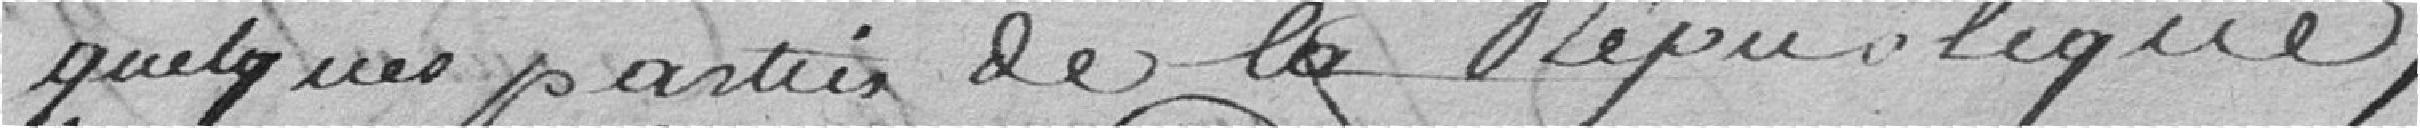
quelques parties de la République,